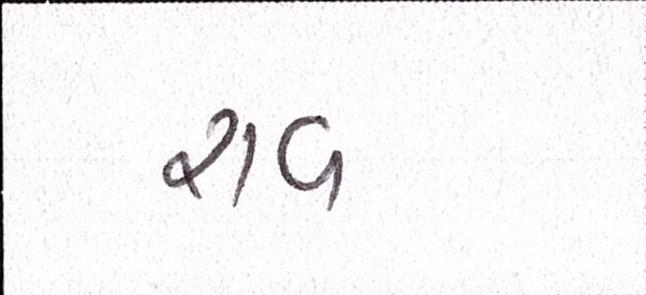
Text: રાવ